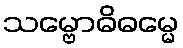
သမ္ဗောဓိဓမ္မေ